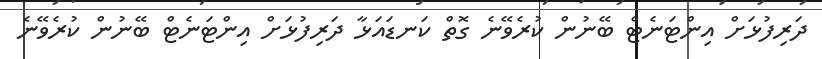
ދަރިފުޅަށް އިންޓަނެޓް ބޭނުން ކުރެވޭނެ ގޮތް ކަނޑައަޅާ ދަރިފުޅަށް އިންޓަނެޓް ބޭނުން ކުރެވޭނެ